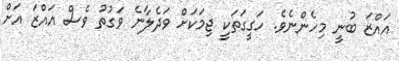
އައްޒަ ބުނީ މިހެންނެވެ. ހަގީގަތަކީ ޖިމަކަށް ވަދެލާނެ ވަގުތު ވެސް އައްޒަ އަށް